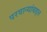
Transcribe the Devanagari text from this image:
परवान्यांबद्दल